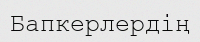
Бапкерлердің